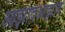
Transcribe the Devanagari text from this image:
आझादआझाद